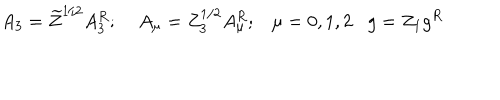
A _ { 3 } = \widetilde { Z } ^ { 1 / 2 } A _ { 3 } ^ { R } ; \; A _ { \mu } = Z _ { 3 } ^ { 1 / 2 } A _ { \mu } ^ { R } ; \mu = 0 , 1 , 2 g = Z _ { 1 } g ^ { R }